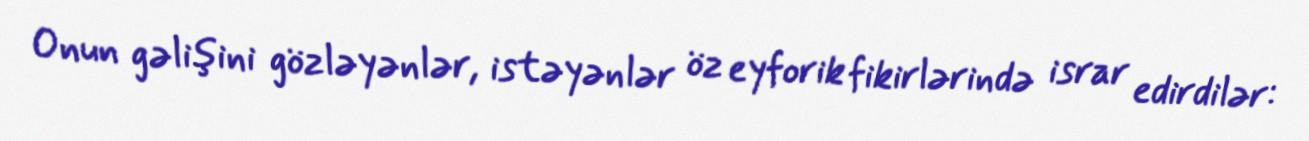
Onun gəlişini gözləyənlər, istəyənlər öz eyforik fikirlərində israr edirdilər: